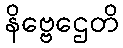
နိဗ္ဗေဌေတိ